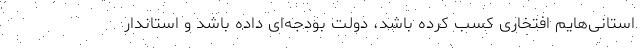
استانی‌هایم افتخاری کسب کرده باشد، دولت بودجه‌ای داده باشد و استاندار